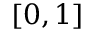
[ 0 , 1 ]